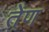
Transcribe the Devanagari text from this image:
तेण